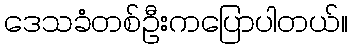
ဒေသခံတစ်ဦးကပြောပါတယ်။